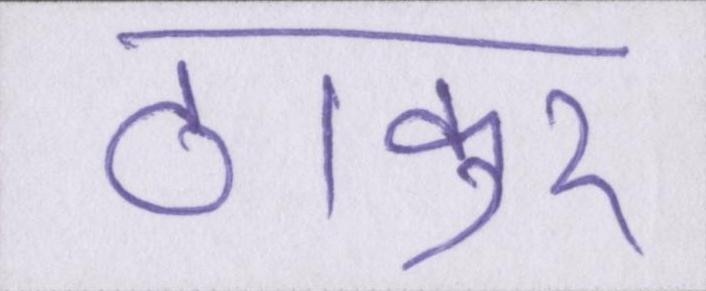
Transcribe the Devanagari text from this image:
ठाकुर